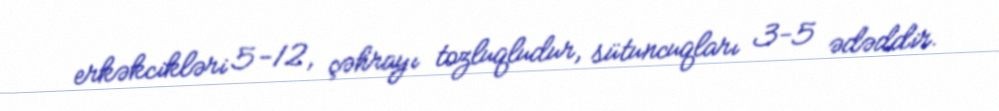
erkəkcikləri 5-12, çəhrayı tozluqludur, sütuncuqları 3-5 ədəddir.